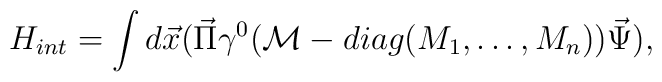
H_{int}= \int d\vec{x} (\vec{\Pi} \gamma^{0}({\cal M} - diag(M_{1},\ldots,M_{n}))\vec{\Psi}),